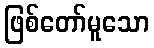
ဖြစ်တော်မူသော